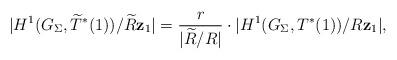
LaTeX: \begin{align*}|H^1(G_{\Sigma},\widetilde{T}^*(1))/\widetilde{R} \mathbf{z}_1|=\frac{r}{|\widetilde{R}/R|} \cdot |H^1(G_{\Sigma},T^*(1))/R \mathbf{z}_1|,\end{align*}